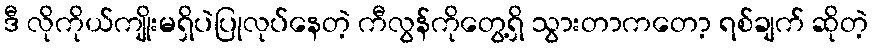
ဒီ လိုကိုယ်ကျိုးမရှိပဲပြုလုပ်နေတဲ့ ကီလွန်ကိုတွေ့ရှိ သွားတာကတော့ ရစ်ချက် ဆိုတဲ့